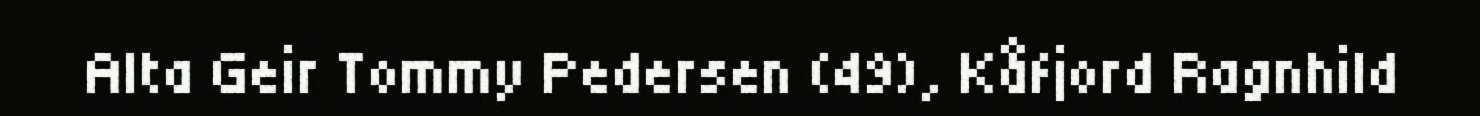
Alta Geir Tommy Pedersen (49), Kåfjord Ragnhild